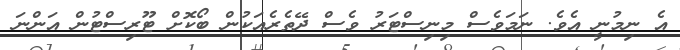
އެ ނިމުނީ އެވެ. ނަމަވެސް މިނިސްޓަރު ވެސް ދޭތެރެއަކުން ބޯކޮށް ޓޫރިސްޓުން އަންނަ